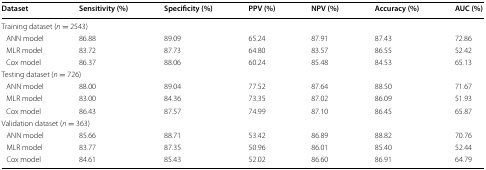
<table><thead><tr><td><b>Dataset</b></td><td><b>Sensitivity (%)</b></td><td><b>Specificity (%)</b></td><td><b>PPV (%)</b></td><td><b>NPV (%)</b></td><td><b>Accuracy (%)</b></td><td><b>AUC (%)</b></td></tr></thead><tbody><tr><td colspan="7">Training dataset (<i>n</i> = 2543)</td></tr><tr><td> ANN model</td><td>86.88</td><td>89.09</td><td>65.24</td><td>87.91</td><td>87.43</td><td>72.86</td></tr><tr><td> MLR model</td><td>83.72</td><td>87.73</td><td>64.80</td><td>83.57</td><td>86.55</td><td>52.42</td></tr><tr><td> Cox model</td><td>86.37</td><td>88.06</td><td>60.24</td><td>85.48</td><td>84.53</td><td>65.13</td></tr><tr><td colspan="7">Testing dataset (<i>n</i> = 726)</td></tr><tr><td> ANN model</td><td>88.00</td><td>89.04</td><td>77.52</td><td>87.64</td><td>88.50</td><td>71.67</td></tr><tr><td> MLR model</td><td>83.00</td><td>84.36</td><td>73.35</td><td>87.02</td><td>86.09</td><td>51.93</td></tr><tr><td> Cox model</td><td>86.43</td><td>87.57</td><td>74.99</td><td>87.10</td><td>86.45</td><td>65.87</td></tr><tr><td colspan="7">Validation dataset (<i>n</i> = 363)</td></tr><tr><td> ANN model</td><td>85.66</td><td>88.71</td><td>53.42</td><td>86.89</td><td>88.82</td><td>70.76</td></tr><tr><td> MLR model</td><td>83.77</td><td>87.35</td><td>50.96</td><td>86.01</td><td>85.40</td><td>52.44</td></tr><tr><td> Cox model</td><td>84.61</td><td>85.43</td><td>52.02</td><td>86.60</td><td>86.91</td><td>64.79</td></tr></tbody></table>